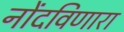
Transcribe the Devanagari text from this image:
नोंदविणारा